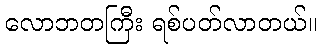
လောဘတကြီး ရစ်ပတ်လာတယ်။